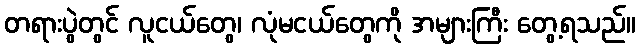
တရားပွဲတွင် လူငယ်တွေ၊ လုံမငယ်တွေကို အများကြီး တွေ့ရသည်။